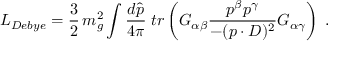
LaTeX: { \cal L } _ { D e b y e } = \frac { 3 } { 2 } \, m _ { g } ^ { 2 } \int \frac { d \hat { p } } { 4 \pi } \; t r \left( G _ { \alpha \beta } \frac { p ^ { \beta } p ^ { \gamma } } { - ( p \cdot D ) ^ { 2 } } G _ { \alpha \gamma } \right) \; .